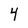
Character: 4